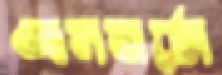
আলবার্তো